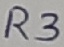
Text: R3